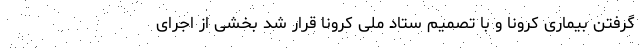
گرفتن بیماری کرونا و با تصمیم ستاد ملی کرونا قرار شد بخشی از اجرای